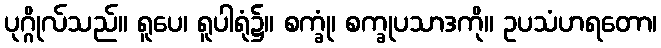
ပုဂ္ဂိုလ်သည်။ ရူပေ၊ ရူပါရုံ၌။ စက္ခုံ၊ စက္ခုပသာဒကို။ ဥပသံဟရတော၊